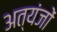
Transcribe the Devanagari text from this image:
अत्यंजों